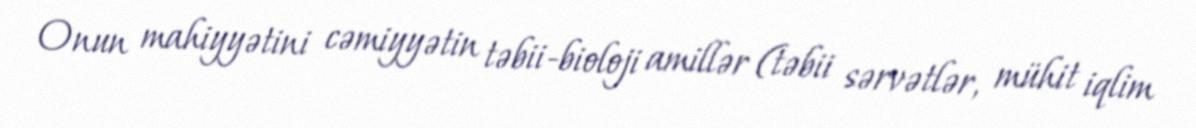
Onun mahiyyətini cəmiyyətin təbii-bioloji amillər (təbii sərvətlər, mühit iqlim